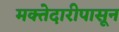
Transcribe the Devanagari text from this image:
मक्तेदारीपासून